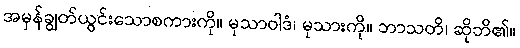
အမှန်ချွတ်ယွင်းသောစကားကို။ မုသာဝါဒံ၊ မုသားကို။ ဘာသတိ၊ ဆိုဘိ၏။